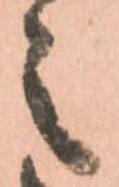
之